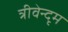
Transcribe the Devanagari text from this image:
त्रीवेन्दृम